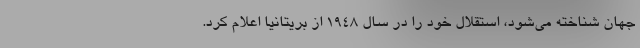
جهان شناخته می‌شود، استقلال خود را در سال 1948 از بریتانیا اعلام کرد.